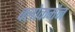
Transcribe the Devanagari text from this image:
क्लोकमैन